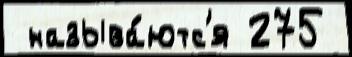
 называ́ютс'я 275